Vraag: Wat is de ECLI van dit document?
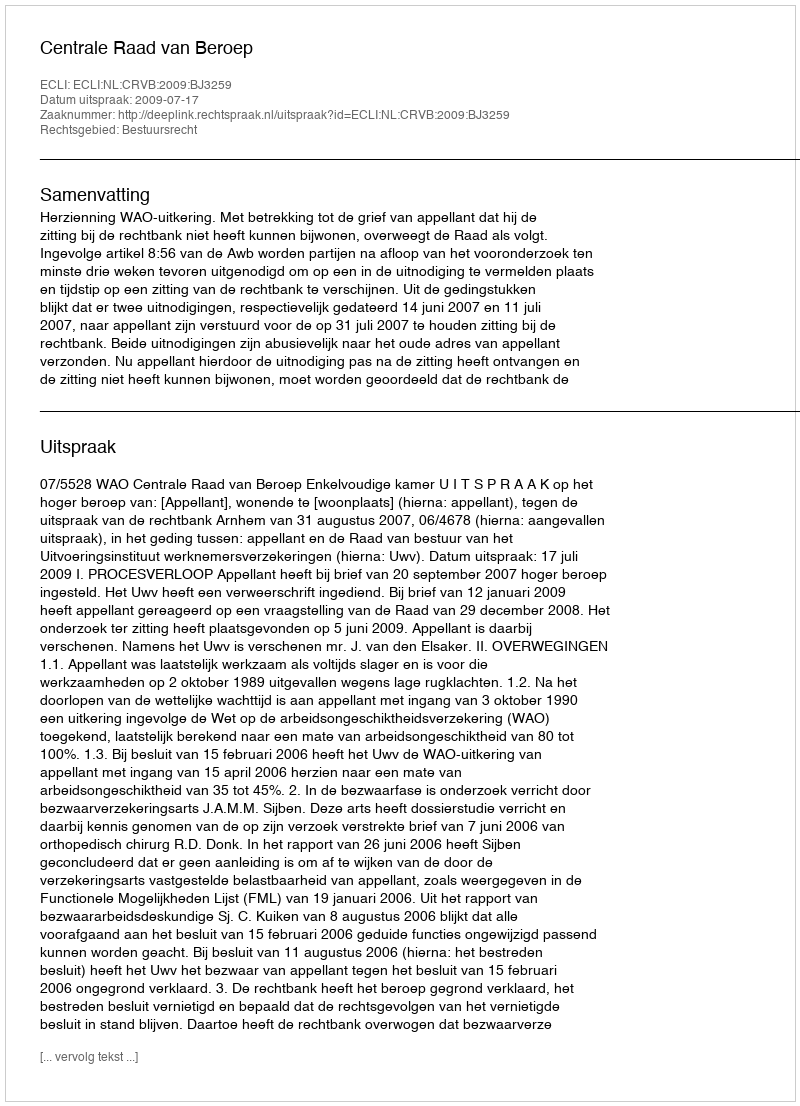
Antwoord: ECLI:NL:CRVB:2009:BJ3259